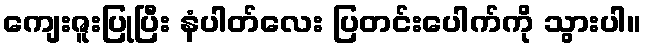
ကျေးဇူးပြုပြီး နံပါတ်လေး ပြတင်းပေါက်ကို သွားပါ။